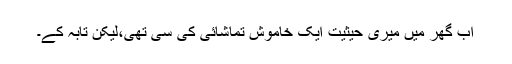
اب گھر میں میری حیثیت ایک خاموش تماشائی کی سی تھی،لیکن تابہ کے۔